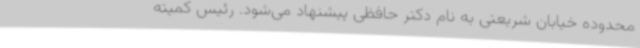
محدوده خیابان شریعتی به نام دکتر حافظی پیشنهاد می‌شود. رئیس کمیته